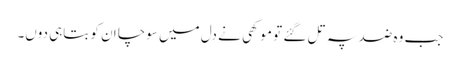
جب وہ ضد پہ تل گئے تو موکھی نے دل میں سوچا ان کو بتاہی دوں۔